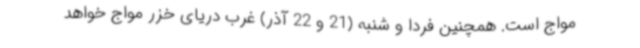
مواج است. همچنین فردا و شنبه (21 و 22 آذر) غرب دریای خزر مواج خواهد